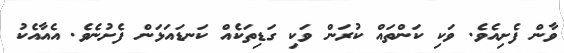
ވާން ފެށިއެވެ. ވަކި ކަންތައް ކުރަން ވަކި ގަޑިތަކެއް ކަނޑައަޅަން ފެށުނެވެ. އެއާއެކު